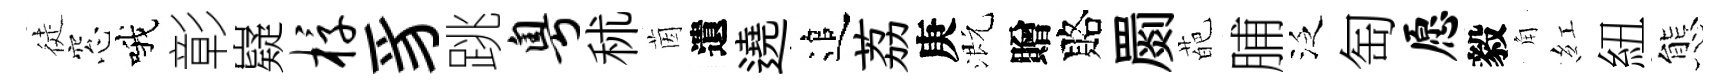
徒窓哦彰嶷椁豸跳粤秫茵遺遶追荔庚溉贈賂罽葩脯泛匋愿毅角紅紐態